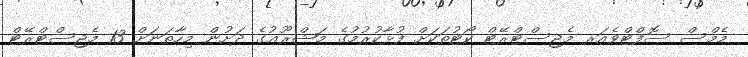
މެމްސް ސޮފްޓްވެއަރ މެޖިސްޓްރޭޓް ކޯޓުތަކަށް ފުޅާކުރުމުގެ މަޝްރޫޢުގެ ދަށުން މިހާތަނަށް 13 މެޖިސްޓްރޭޓް